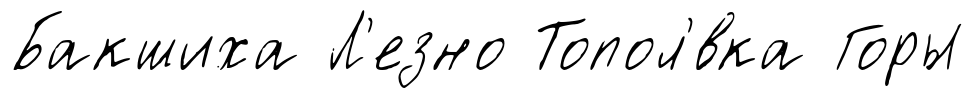
Бакшиха Л'езно Топол'́вка Горы